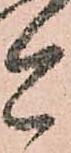
今